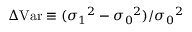
\Delta \mathrm { V a r } \equiv ( { \sigma _ { 1 } } ^ { 2 } - { \sigma _ { 0 } } ^ { 2 } ) / { \sigma _ { 0 } } ^ { 2 }